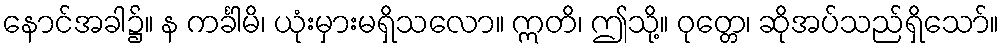
နောင်အခါ၌။ န ကင်္ခါမိ၊ ယုံးမှားမရှိသလော။ ဣတိ၊ ဤသို့။ ဝုတ္တေ၊ ဆိုအပ်သည်ရှိသော်။